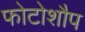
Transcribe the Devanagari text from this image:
फोटोशौप